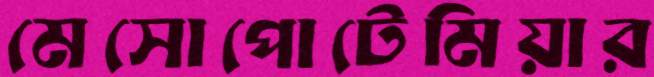
মেসোপোটেমিয়ার